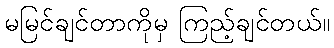
မမြင်ချင်တာကိုမှ ကြည့်ချင်တယ်။